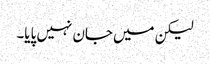
لیکن میں جان نہیں پایا۔